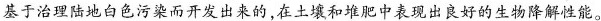
基于治理陆地白色污染而开发出来的，在土壤和堆肥中表现出良好的生物降解性能。